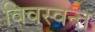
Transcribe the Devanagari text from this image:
विवस्वन्त